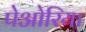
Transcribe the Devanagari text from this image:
पेओरिया